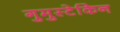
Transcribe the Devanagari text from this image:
गुमुस्टेकिन